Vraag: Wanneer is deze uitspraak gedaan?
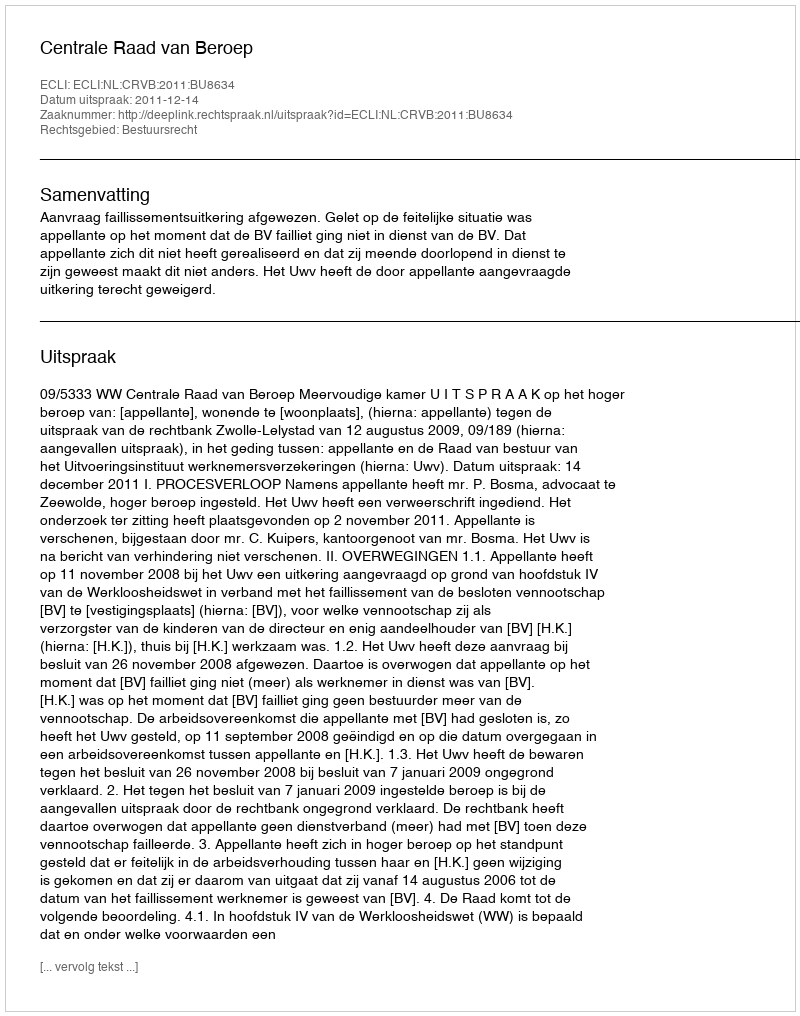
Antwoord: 2011-12-14